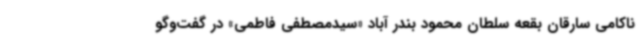
ناکامی سارقان بقعه سلطان محمود بندر آباد «سیدمصطفی فاطمی» در گفت‌وگو